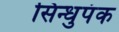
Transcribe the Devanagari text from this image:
सिन्धुपंक